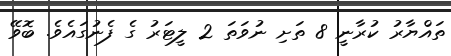
ތައްޔާރު ކުރާނީ 8 ތަށި ނުވަތަ 2 ލީޓަރު ގެ ފެނުގައެވެ. ބޮވޭ